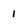
Character: 1